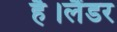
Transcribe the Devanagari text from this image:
है।लैंडर